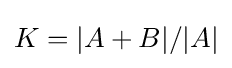
K=|A+B|/|A|